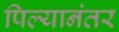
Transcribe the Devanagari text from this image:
पिल्यानंतर